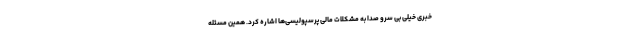
خبری خیلی بی سرو صدا به مشکلات مالی پرسپولیسی‌ها اشاره کرد. همین مسئله